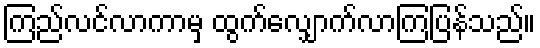
ကြည်လင်လာကာမှ ထွက်လျှောက်လာကြပြန်သည်။